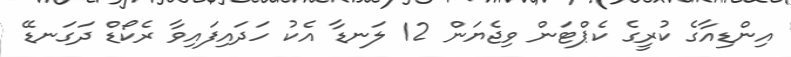
އިންޑިއާގެ ކުރީގެ ކެޕްޓަން ވިޖެޔަން 12 ލަނޑާ އެކު ހަދައިފައިވާ ރެކޯޑް ދަގަނޑޭ